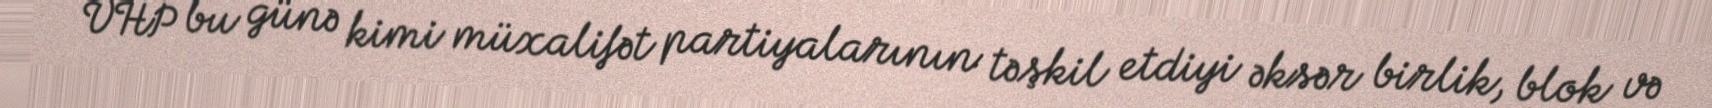
VHP bu günə kimi müxalifət partiyalarının təşkil etdiyi əksər birlik, blok və